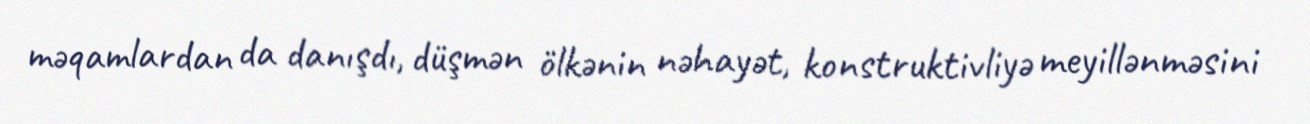
məqamlardan da danışdı, düşmən ölkənin nəhayət, konstruktivliyə meyillənməsini